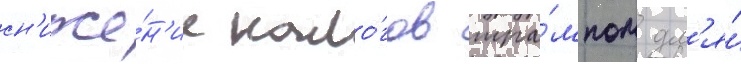
сн'иже́н'ие нало́гов тра́мпом дл'я́